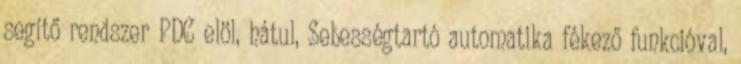
segítő rendszer PDC elöl, hátul, Sebességtartó automatika fékező funkcióval,